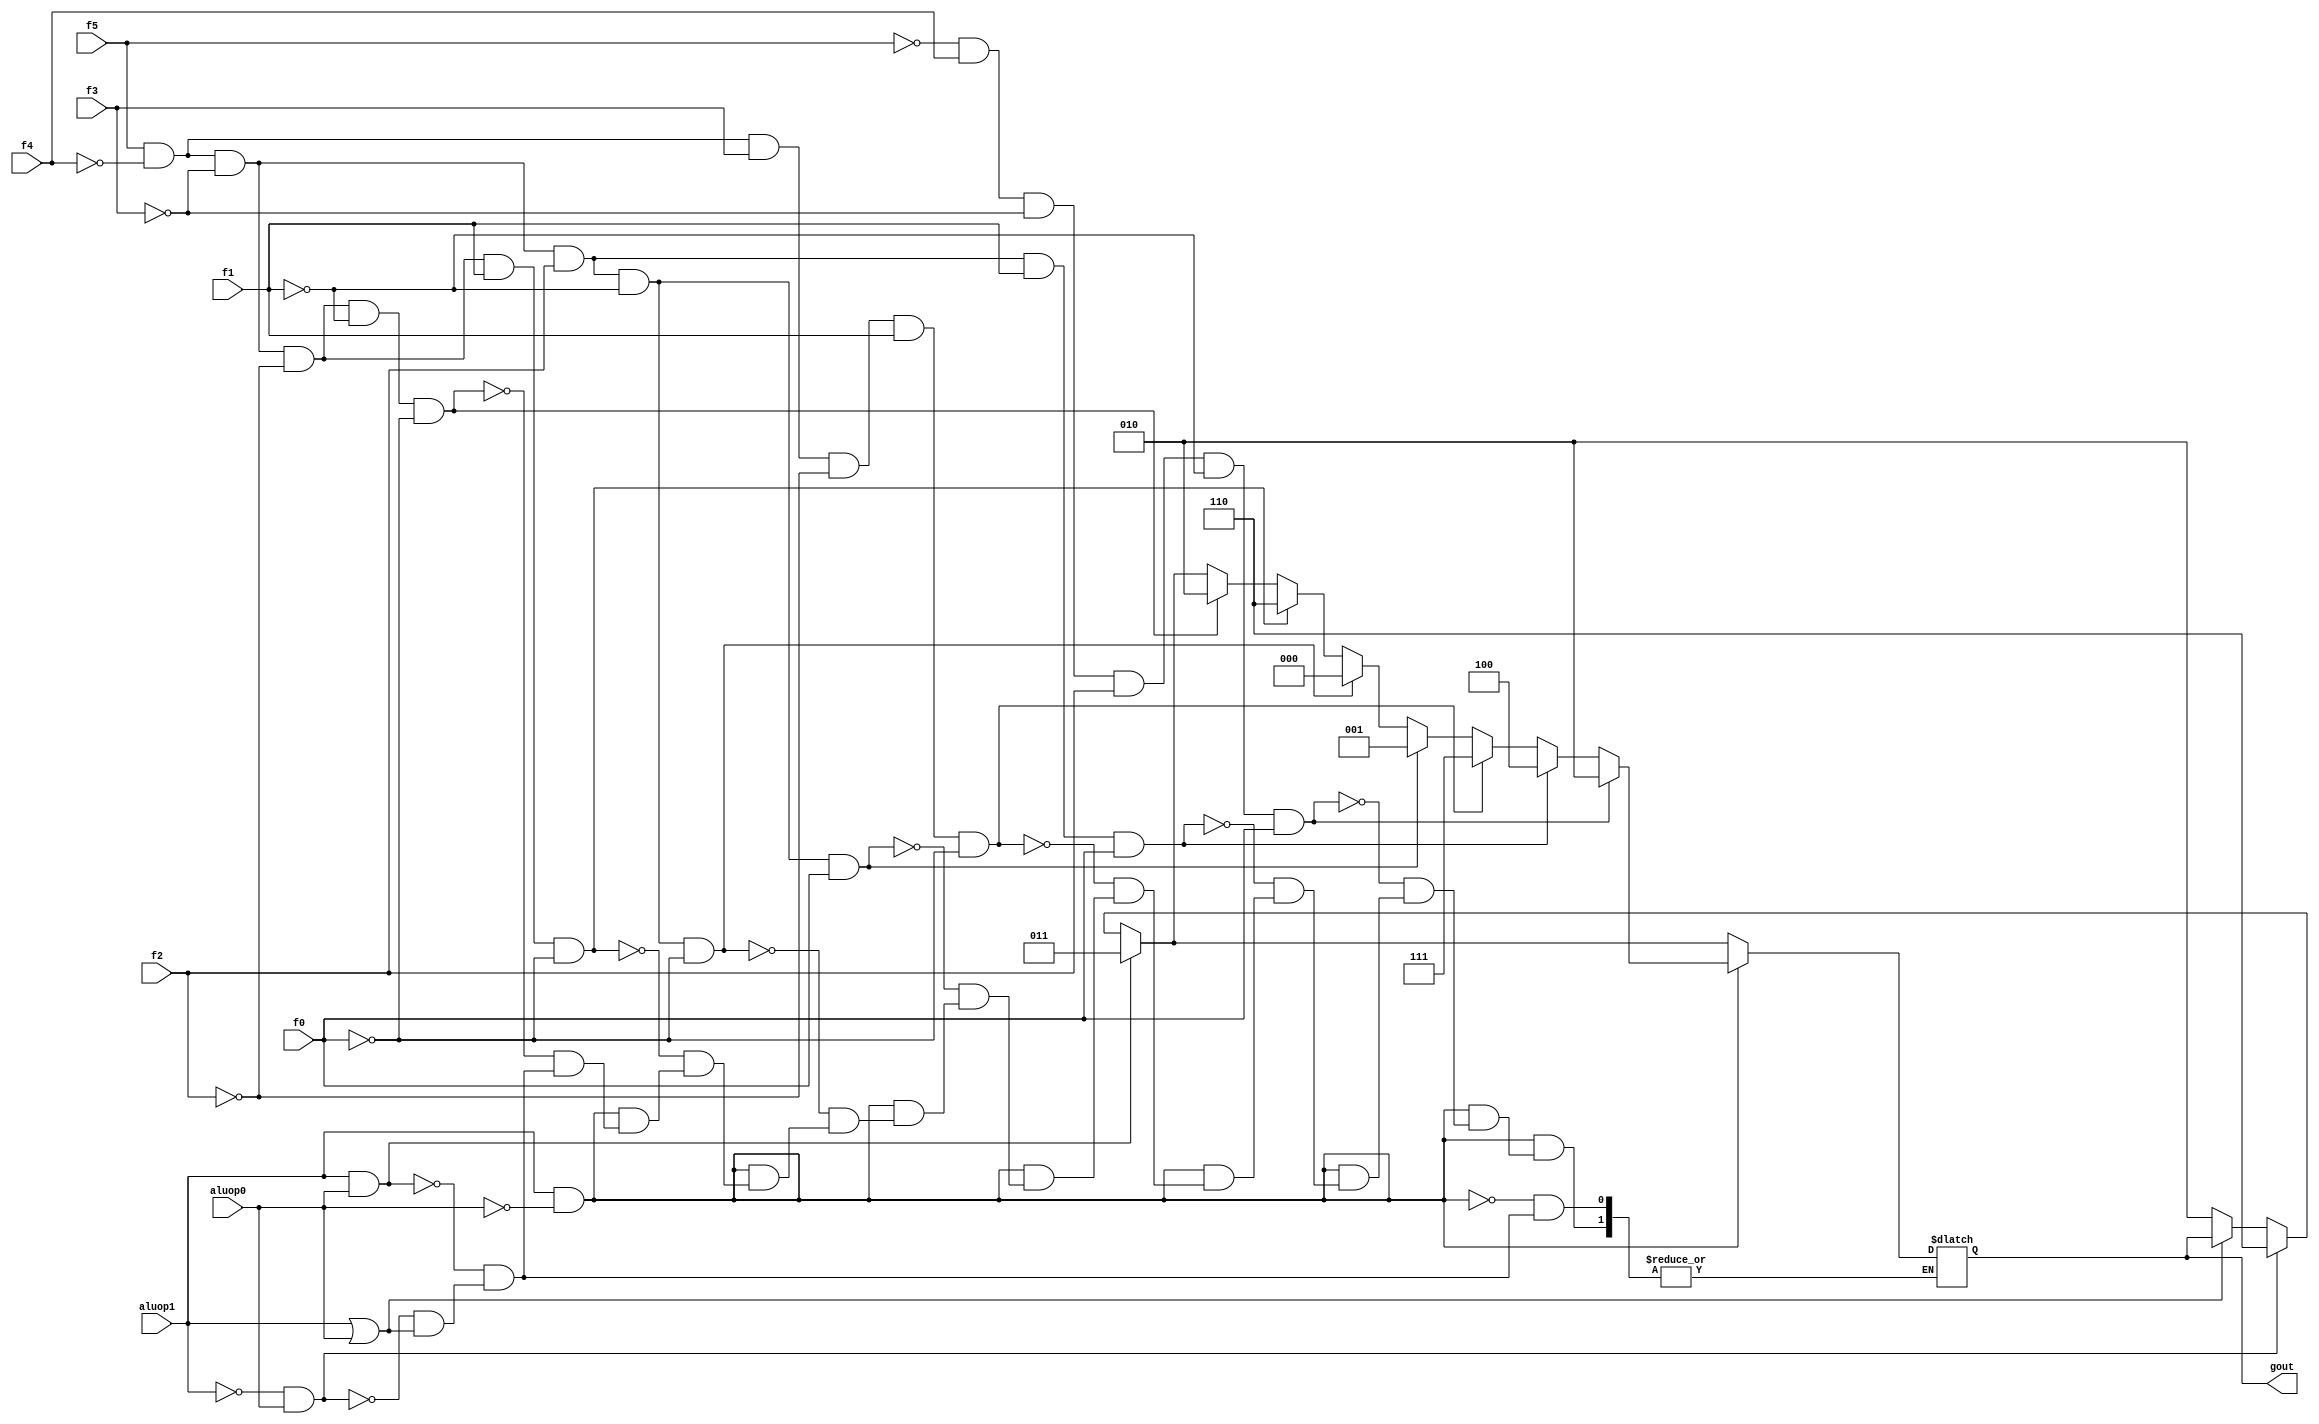
module alucont(aluop1,aluop0,f5,f4,f3,f2,f1,f0,gout);//Figure 4.12 
input aluop1,aluop0,f5,f4,f3,f2,f1,f0;
output [2:0] gout;
reg [2:0] gout;
always @(aluop1 or aluop0 or f5 or f4 or f3 or f2 or f1 or f0)
begin
if(~(aluop1|aluop0))gout=3'b010; // LW, SW
if(~aluop1 & aluop0)gout=3'b110; // beq
if(aluop1 & aluop0)gout=3'b011; // Nandi
if(aluop1 & ~aluop0)//R-type
begin
	if (f5 & ~f4 & ~f3 & ~f2 & ~f1 & ~f0)gout=3'b010; //function code=0000,ALU control=010 (add)
	if (f5 & ~f4 & ~f3 & ~f2 & f1 & ~f0)gout=3'b110;//function code=1x1x,ALU control=111 (sub)
	if (f5 & ~f4 & ~f3 & f2 & ~f1 & ~f0)gout=3'b000;//function code=0x10,ALU control=110 (and)
	if (f5 & ~f4 & ~f3 & f2 & ~f1 & f0)gout=3'b001;	//function code=x1x1,ALU control=001 (or)
	if (f5 & ~f4 & f3 & ~f2 & f1 & ~f0)gout=3'b111;	//function code=x1x0,ALU control=000 (slt)
	if (f5 & ~f4 & ~f3 & f2 & f1 & f0)gout=3'b100;	//function code=x1x0,ALU control=000 (nor)
	if (~f5 & f4 & ~f3 & f2 & ~f1 & f0)gout=3'b010;	//function code=x1x0,ALU control=000 (brnv)
end
end
endmodule